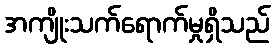
အကျိုးသက်ရောက်မှုရှိသည်